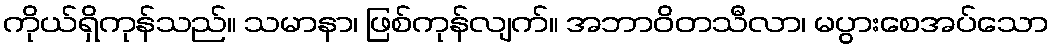
ကိုယ်ရှိကုန်သည်။ သမာနာ၊ ဖြစ်ကုန်လျက်။ အဘာဝိတသီလာ၊ မပွားစေအပ်သော